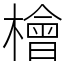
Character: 檜